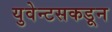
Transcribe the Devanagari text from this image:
युवेन्टसकडून